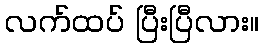
လက်ထပ် ပြီးပြီလား။